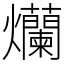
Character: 爤